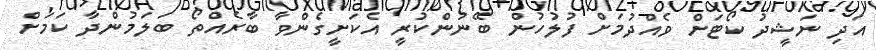
އަދި ނަޝީދު ކޯޓަށް ވެއްދުމަށް ފުލުހުން ބޭނުންކުރީ އެކަށީގެންވާ ބާރެއްތޯ ބަލަމުންދާ ކަމަށް